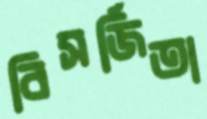
বিসর্জিতা